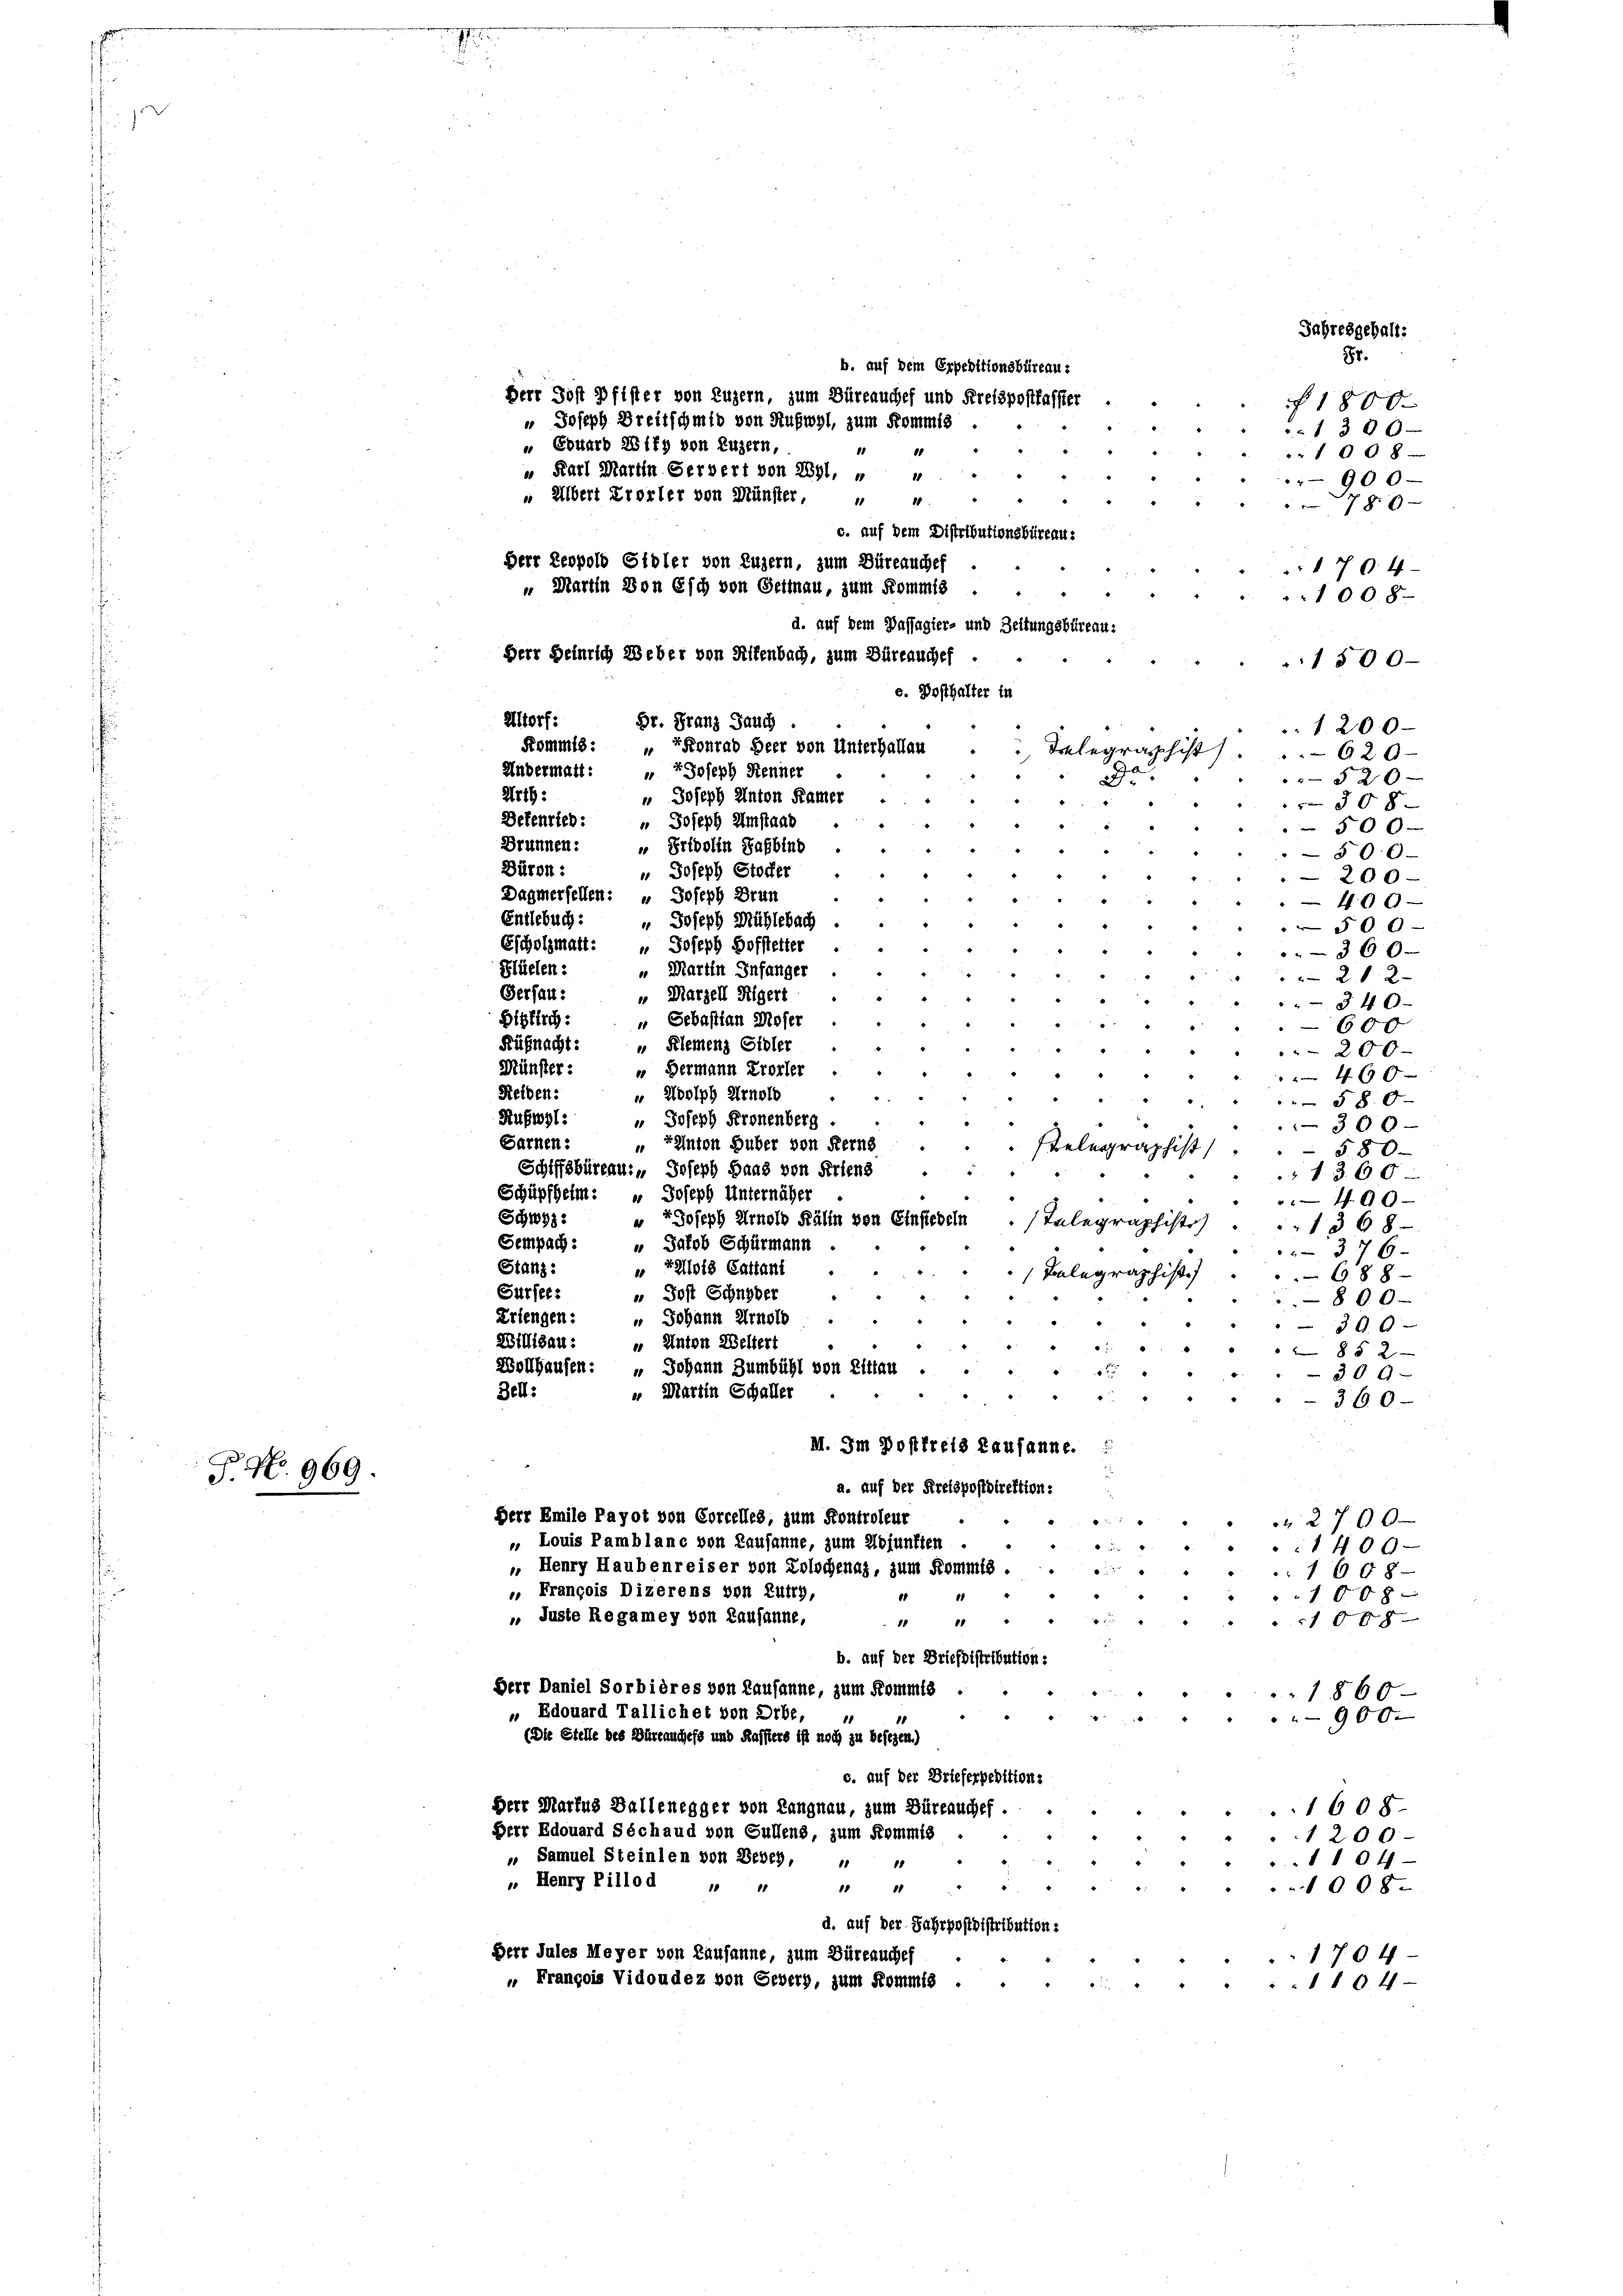
E
S. Nr. 969

b. auf dem Erpeditionsbüreau-
" Joseph Dreitschmid von Ruswyl, zum Kommis
 Eouard 281fy von Luzern,
" Karl Martin Serbert von Röhl, u
„Übert Krorler von Münster,
Herr Leopold Sidler von Luzern, zum Büreauchef
u Martin von Esch von Getmnau, zum Kommis
Herr Heinrich Weber von Alfenbach, zum Büreauches
e. Posthalter in
Altorf:
Dr. Franz Jauch
Kommis: „EFonrad Heer von Unterhallan
Andermalt: " " Joseph Renner

8r.
 1800.
1300
1008
900
1
780
1704
1008
1500
1200
9a.
520 x
Art:
u Joseph Anton Kamer
30 8
Defenrich: " Joseph Umstaat
500
Brunnen: „Pridolin Saßbinb
500
Büron:
" Joseph Stocker
200
Dagmersellen: " Joseph Brun
400
Entlebuch: " Joseph Mühlebach
500
Escholzmatt: " Joseph Hofftetter
3 60
Glüelen :
Martin Infanger
21 x
Gersau:
"Marzell figert
84 x
Biglich: „ Sebastian Moser
600
Küßnacht: " Klemenz Sidler
200.
Münster:
Bermann Krorier
460
Reiben:
 Noolph Arnold
58 x
Rufwol:
" Joseph Kronenberg.
300
Sarnen?
“ Tanton Huber von Ferns
580
shist
Schiffsbüreau. Joseph Haas von Friens
1360
Schüpfheim: " Joseph Unternäher
499
Schwyz
u Joseph Arnold Kälin von Einsiedeln
egraphiste
1368
Sempach
u Jakob Schürmann
376
Stanz:
 Eallots Cattant
legraphist.
688
Sursees
 Post Schnyder
800
Erlengen:
 Johann Arnold
300
Willisau: „Unton Weltert
8 § 2
Wollhausen: „Johann Zumbühl von Elttau
309
“ Martin Schaller
Bel:
360
II. Im Postfrets Kausanne.
a. auf der Kreispostdirektion:
Derr Emile Payot von Corcelles, zum Kontroleut
2700
 Louis Pamblanc von Lausanne, zum Wojunften
1400
 Henry Haubenreiser von Zolochenaz, zum Kommis.
1608
, François Dizerens von Lutry,
1008
8
.
 Juste Regamey von Lausanne,
1 18
1088
b. auf der Driefdistribution:
Herr Daniel Sorbières von Lausanne, zum Kommis
1860
„ Edouard Tallichet von Arbe,
900.
(Die Stelle des Dürrauchess und Kassters ist noch zu besezen.)
c. auf der Brieferpedition:
Herr Martus Ballenegger von Langnau, zum Büreauchef.
1608.
Derr Edouard Séchaud von Gallend, zum Kommis
1200
„ Samuel Steinlen von Berez,
1104
„ Henry Pillod " " " "
1008.
d. auf der Jahrpostdistributions
Derr Jules Meyer von Causanne, zum Büreauches
1704
" François Vidoudez von Geberg, zum Kommis .
.1104

Herr Jost Pfister von Luzern, zum Büreauches und Kreispostfasster
11 18
10
1
c. auf dem Distributionsbüreaus
d. auf dem Passagier- und Zeitungsbüreau-

Jahresgeball:

Delegraphist. 620